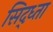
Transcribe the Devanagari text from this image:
सिद्ध्ता